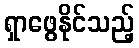
ရှာဖွေနိုင်သည့်